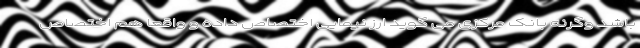
باشد وگرنه بانک مرکزی می گوید ارز نیمایی اختصاص داده و واقعا هم اختصاص